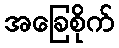
အခြေစိုက်